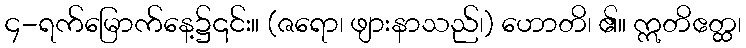
၄-ရက်မြောက်နေ့၌၎င်း။ (ဇရော၊ ဖျားနာသည်၊) ဟောတိ၊ ၏။ ဣတိဧတ္ထ၊